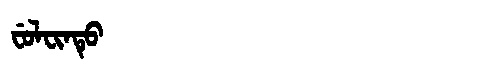
Manchu: ᠸᡠᠯᠸᡳᠨᡨᡠ
Romanization: FULFINTU